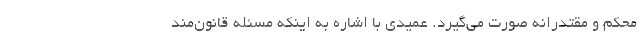
محکم و مقتدرانه صورت می‌گیرد. عمیدی با اشاره به اینکه مسئله قانون‌مند